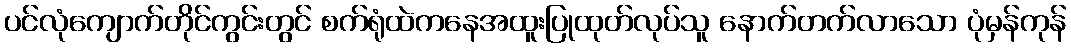
ပင်လုံကျောက်တိုင်ကွင်းတွင် စက်ရုံထဲကနေအထူးပြုထုတ်လုပ်သူ နောက်တက်လာသော ပုံမှန်ကုန်